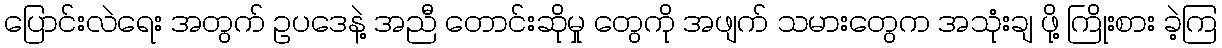
ပြောင်းလဲရေး အတွက် ဥပဒေနဲ့ အညီ တောင်းဆိုမှု တွေကို အဖျက် သမားတွေက အသုံးချ ဖို့ ကြိုးစား ခဲ့ကြ